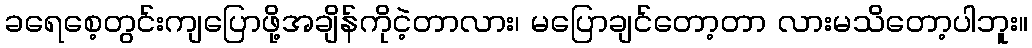
ခရေစေ့တွင်းကျပြောဖို့အချိန်ကိုငဲ့တာလား၊ မပြောချင်တော့တာ လားမသိတော့ပါဘူး။